Report on the working of the Ranchi Indian Mental Hospital, Kanke, in Bihar and Orissa - 1930-1940
Year: 1930
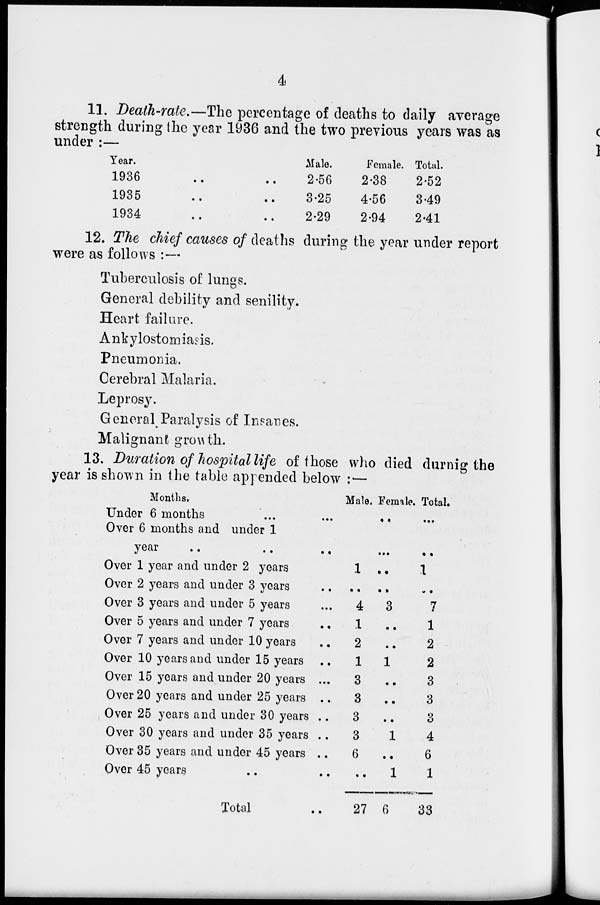
4
11. Death-rate.—The percentage of deaths to daily average
strength during the year 1936 and the two previous years was as
under.—
Year.
1936 .. ..
1935 .. ..
1934 .. ..
Male.
2.56
3.25
2.29
Female.
2.38
4.56
2.94
Total.
2.52
3.49
2.41
12. The chief causes of deaths during the year under report
were as follows :—
Tuberculosis of lungs.
General debility and senility.
Heart failure.
Ankylostomiasis.
Pneumonia.
Cerebral Malaria.
Leprosy.
General Paralysis of Insanes.
Malignant growth.
13. Duration of hospital life of those who died during the
year is shown in the table appended below :—
Months.
Under 6 months .. .. ..
Over 6 months and under 1
year .. .. ..
Over 1 year and under 2 years
Over 2 years and under 3 years ..
Over 3 years and under 5 years ..
Over 5 years and under 7 years ..
Over 7 years and under 10 years ..
Over 10 years and under 15 years ..
Over 15 years and under 20 years ...
Over 20 years and under 25 years ..
Over 25 years and under 30 years ..
Over 30 years and under 35 years ..
Over 35 years and under 45 years ..
Over 45 years .. ..
Total ..
Male.
..
..
1
..
4
1
2
1
3
3
3
3
6
..
27
Female.
..
..
..
..
3
..
..
1
..
..
..
1
..
1
6
Total.
..
..
1
..
7
1
2
2
3
3
3
4
6
1
33